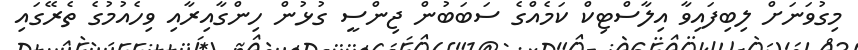
މިގުވަނަށް ލިބިފައިވާ އިލާސްޓިކް ކަމެއްގެ ސަބަބުން ޖިންސީ ގުޅުން ހިންގާއިރާއި ވިހެއުމުގެ ތެރޭގައި